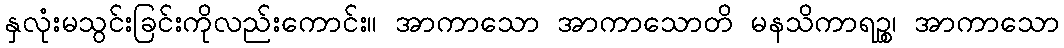
နှလုံးမသွင်းခြင်းကိုလည်းကောင်း။ အာကာသော အာကာသောတိ မနသိကာရဉ္စ၊ အာကာသော